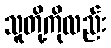
သူတို့ကိုလည်း